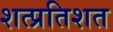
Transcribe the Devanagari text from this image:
शत्प्रतिशत